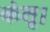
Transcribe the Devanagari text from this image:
कंतू।